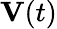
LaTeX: \mathbf{V}(t)